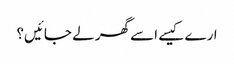
ارے کیسے اسے گھر لے جائیں؟